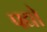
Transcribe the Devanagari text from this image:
पद्यो